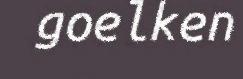
goelken